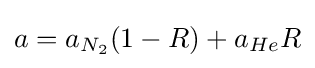
a=a_{N_{2}}(1-R)+a_{He}R